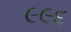
૯૯૬